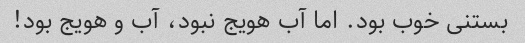
بستنی خوب بود. اما آب هویج نبود، آب و هویج بود!